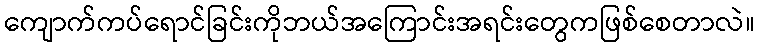
ကျောက်ကပ်ရောင်ခြင်းကိုဘယ်အကြောင်းအရင်းတွေကဖြစ်စေတာလဲ။